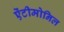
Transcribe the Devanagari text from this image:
ऐंटीमोनिल